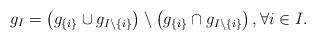
LaTeX: \begin{align*}g_I = \big(g_{\{i\}}\cup g_{I\setminus\{i\}}\big)\setminus \big(g_{\{i\}} \cap g_{I\setminus\{i\}}\big)\,,\forall i\in I.\end{align*}